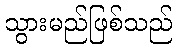
သွားမည်ဖြစ်သည်